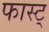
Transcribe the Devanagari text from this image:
फास्ट्